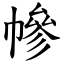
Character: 幓